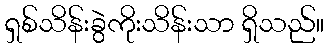
ရှစ်သိန်းခွဲကိုးသိန်းသာ ရှိသည်။